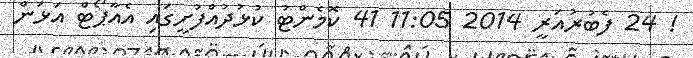
! 24 ފެބުރުއަރީ 2014 11:05 41 ކޮމެންޓު ކުޅުދުއްފުށީގައި އެއާޕޯޓް އަޅަން